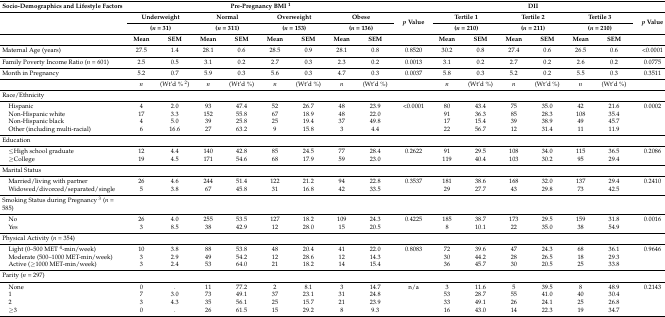
<table><thead><tr><td><b>Socio-Demographics and Lifestyle Factors</b></td><td colspan="8"><b>Pre-Pregnancy BMI <sup>1</sup></b></td><td></td><td colspan="6"><b>DII</b></td><td></td></tr><tr><td rowspan="2"></td><td colspan="2"><b>Underweight </b></td><td colspan="2"><b>Normal </b></td><td colspan="2"><b>Overweight </b></td><td colspan="2"><b>Obese</b></td><td rowspan="2"><b><i>p</i> Value</b></td><td colspan="2"><b>Tertile 1 </b></td><td colspan="2"><b>Tertile 2 </b></td><td colspan="2"><b>Tertile 3</b></td><td rowspan="2"><b><i>p</i> Value</b></td></tr><tr><td colspan="2"><b>(<i>n</i> = 31)</b></td><td colspan="2"><b>(<i>n</i> = 311)</b></td><td colspan="2"><b>(<i>n</i> = 153)</b></td><td colspan="2"><b>(<i>n</i> = 136)</b></td><td colspan="2"><b>(<i>n</i> = 210)</b></td><td colspan="2"><b>(<i>n</i> = 211)</b></td><td colspan="2"><b>(<i>n</i> = 210)</b></td></tr><tr><td></td><td><b>Mean </b></td><td><b>SEM</b></td><td><b>Mean </b></td><td><b>SEM</b></td><td><b>Mean </b></td><td><b>SEM</b></td><td><b>Mean </b></td><td><b>SEM</b></td><td></td><td><b>Mean </b></td><td><b>SEM</b></td><td><b>Mean </b></td><td><b>SEM</b></td><td><b>Mean </b></td><td><b>SEM</b></td><td></td></tr></thead><tbody><tr><td>Maternal Age (years)</td><td>27.5</td><td>1.4</td><td>28.1</td><td>0.6</td><td>28.5</td><td>0.9</td><td>28.1</td><td>0.8</td><td>0.8520</td><td>30.2</td><td>0.8</td><td>27.4</td><td>0.6</td><td>26.5</td><td>0.6</td><td>&lt;0.0001</td></tr><tr><td>Family Poverty Income Ratio (<i>n</i> = 601)</td><td>2.5</td><td>0.5</td><td>3.1</td><td>0.2</td><td>2.7</td><td>0.3</td><td>2.3</td><td>0.2</td><td>0.0013</td><td>3.1</td><td>0.2</td><td>2.7</td><td>0.2</td><td>2.6</td><td>0.2</td><td>0.0775</td></tr><tr><td>Month in Pregnancy</td><td>5.2</td><td>0.7</td><td>5.9</td><td>0.3</td><td>5.6</td><td>0.3</td><td>4.7</td><td>0.3</td><td>0.0037</td><td>5.8</td><td>0.3</td><td>5.2</td><td>0.2</td><td>5.5</td><td>0.3</td><td>0.3511</td></tr><tr><td></td><td><i>n</i></td><td>(Wt’d % <sup>2</sup>)</td><td><i>n</i></td><td>(Wt’d %)</td><td><i>n</i></td><td>(Wt’d %)</td><td><i>n</i></td><td>(Wt’d %)</td><td></td><td><i>n</i></td><td>(Wt’d %)</td><td><i>n</i></td><td>(Wt’d %)</td><td><i>n</i></td><td>(Wt’d %)</td><td></td></tr><tr><td>Race/Ethnicity</td><td></td><td></td><td></td><td></td><td></td><td></td><td></td><td></td><td></td><td></td><td></td><td></td><td></td><td></td><td></td><td></td></tr><tr><td> Hispanic</td><td>4</td><td>2.0</td><td>93</td><td>47.4</td><td>52</td><td>26.7</td><td>48</td><td>23.9</td><td>&lt;0.0001</td><td>80</td><td>43.4</td><td>75</td><td>35.0</td><td>42</td><td>21.6</td><td>0.0002</td></tr><tr><td> Non-Hispanic white</td><td>17</td><td>3.3</td><td>152</td><td>55.8</td><td>67</td><td>18.9</td><td>48</td><td>22.0</td><td></td><td>91</td><td>36.3</td><td>85</td><td>28.3</td><td>108</td><td>35.4</td><td></td></tr><tr><td> Non-Hispanic black</td><td>4</td><td>5.0</td><td>39</td><td>25.8</td><td>25</td><td>19.4</td><td>37</td><td>49.8</td><td></td><td>17</td><td>15.4</td><td>39</td><td>38.9</td><td>49</td><td>45.7</td><td></td></tr><tr><td> Other (including multi-racial)</td><td>6</td><td>16.6</td><td>27</td><td>63.2</td><td>9</td><td>15.8</td><td>3</td><td>4.4</td><td></td><td>22</td><td>56.7</td><td>12</td><td>31.4</td><td>11</td><td>11.9</td><td></td></tr><tr><td>Education</td><td></td><td></td><td></td><td></td><td></td><td></td><td></td><td></td><td></td><td></td><td></td><td></td><td></td><td></td><td></td><td></td></tr><tr><td> ≤High school graduate</td><td>12</td><td>4.4</td><td>140</td><td>42.8</td><td>85</td><td>24.5</td><td>77</td><td>28.4</td><td>0.2622</td><td>91</td><td>29.5 </td><td>108</td><td>34.0</td><td>115</td><td>36.5</td><td>0.2086</td></tr><tr><td> ≥College</td><td>19</td><td>4.5</td><td>171</td><td>54.6</td><td>68</td><td>17.9</td><td>59</td><td>23.0</td><td></td><td>119</td><td>40.4</td><td>103</td><td>30.2</td><td>95</td><td>29.4</td><td></td></tr><tr><td>Marital Status</td><td></td><td></td><td></td><td></td><td></td><td></td><td></td><td></td><td></td><td></td><td></td><td></td><td></td><td></td><td></td><td></td></tr><tr><td> Married/living with partner</td><td>26</td><td>4.6</td><td>244</td><td>51.4</td><td>122</td><td>21.2</td><td>94</td><td>22.8</td><td>0.3537</td><td>181</td><td>38.6</td><td>168</td><td>32.0</td><td>137</td><td>29.4</td><td>0.2410</td></tr><tr><td> Widowed/divorced/separated/single</td><td>5</td><td>3.8</td><td>67</td><td>45.8</td><td>31</td><td>16.8</td><td>42</td><td>33.5</td><td></td><td>29</td><td>27.7</td><td>43</td><td>29.8</td><td>73</td><td>42.5</td><td></td></tr><tr><td>Smoking Status during Pregnancy <sup>3</sup> (<i>n</i> = 585)</td><td colspan="8"></td><td></td><td></td><td></td><td></td><td></td><td></td><td></td><td></td></tr><tr><td> No</td><td>26</td><td>4.0</td><td>255</td><td>53.5</td><td>127</td><td>18.2</td><td>109</td><td>24.3</td><td>0.4225</td><td>185</td><td>38.7</td><td>173</td><td>29.5</td><td>159</td><td>31.8</td><td>0.0016</td></tr><tr><td> Yes</td><td>3</td><td>8.5</td><td>38</td><td>42.9</td><td>12</td><td>28.0</td><td>15</td><td>20.5</td><td></td><td>8</td><td>10.1</td><td>22</td><td>35.0</td><td>38</td><td>54.9</td><td></td></tr><tr><td>Physical Activity (<i>n</i> = 354)</td><td></td><td></td><td></td><td></td><td></td><td></td><td></td><td></td><td></td><td></td><td></td><td></td><td></td><td></td><td></td><td></td></tr><tr><td> Light (0–500 MET <sup>4</sup>-min/week)</td><td>10</td><td>3.8</td><td>88</td><td>53.8</td><td>48</td><td>20.4</td><td>41</td><td>22.0</td><td>0.8083</td><td>72</td><td>39.6</td><td>47</td><td>24.3</td><td>68</td><td>36.1</td><td>0.9646</td></tr><tr><td> Moderate (500–1000 MET-min/week)</td><td>3</td><td>2.9</td><td>49</td><td>54.2</td><td>12</td><td>28.6</td><td>12</td><td>14.3</td><td></td><td>30</td><td>44.2</td><td>28</td><td>26.5</td><td>18</td><td>29.3</td><td></td></tr><tr><td> Active (≥1000 MET-min/week)</td><td>3</td><td>2.4</td><td>53</td><td>64.0</td><td>21</td><td>18.2</td><td>14</td><td>15.4</td><td></td><td>36</td><td>45.7</td><td>30</td><td>20.5</td><td>25</td><td>33.8</td><td></td></tr><tr><td>Parity (<i>n</i> = 297)</td><td></td><td></td><td></td><td></td><td></td><td></td><td></td><td></td><td></td><td></td><td></td><td></td><td></td><td></td><td></td><td></td></tr><tr><td> None</td><td>0</td><td>.</td><td>11</td><td>77.2</td><td>2</td><td>8.1</td><td>3</td><td>14.7</td><td>n/a</td><td>3</td><td>11.6</td><td>5</td><td>39.5</td><td>8</td><td>48.9</td><td>0.2143</td></tr><tr><td> 1</td><td>7</td><td>3.0</td><td>73</td><td>49.1</td><td>37</td><td>23.1</td><td>31</td><td>24.8</td><td></td><td>53</td><td>28.7</td><td>55</td><td>41.0</td><td>40</td><td>30.4</td><td></td></tr><tr><td> 2</td><td>3</td><td>4.3</td><td>35</td><td>56.1</td><td>25</td><td>15.7</td><td>21</td><td>23.9</td><td></td><td>33</td><td>49.1</td><td>26</td><td>24.1</td><td>25</td><td>26.8</td><td></td></tr><tr><td> ≥3</td><td>0</td><td>.</td><td>26</td><td>61.5</td><td>15</td><td>29.2</td><td>8</td><td>9.3</td><td></td><td>16</td><td>43.0</td><td>14</td><td>22.3</td><td>19</td><td>34.7</td><td></td></tr></tbody></table>